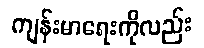
ကျန်းမာရေးကိုလည်း